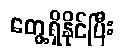
တွေ့ရှိနိုင်ပြီး